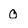
Character: 0